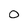
Character: 0